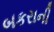
બકરાની